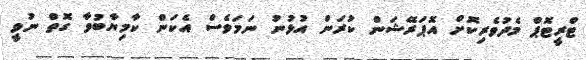
ޓްރީޓޮޕް މެދުވެރިކޮށް އޮޕަރޭޝަން ކުރަން އުޅުނު ނަމަވެސް އެކަން ކާމިޔާބުވާ ގޮތް ނުވީ